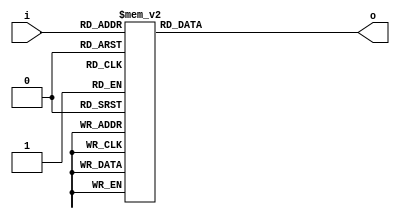
module seven_segment (
input [3:0]i,
output reg [6:0]o
);


// HEX out - rewire DE2
//  ---a---
// |       |
// f       b
// |       |
//  ---g---
// |       |
// e       c
// |       |
//  ---d---

always@(*)
begin
	case (i)	    // abcdefg
		4'h0: o = 7'b0000001;
		4'h1: o = 7'b1001111;
		4'h2: o = 7'b0010010;
		4'h3: o = 7'b0000110;
	
		4'h4: o = 7'b1001100;
		4'h5: o = 7'b0100100;
		4'h6: o = 7'b0100000;
		4'h7: o = 7'b0001111;
		
		4'h8: o = 7'b0000000;
		4'h9: o = 7'b0001100;
		4'hA: o = 7'b0001000;
		4'hb: o = 7'b1100000;
		
		4'hC: o = 7'b0110001;
		4'hd: o = 7'b1000010;
		4'hE: o = 7'b0110000;
		4'hF: o = 7'b0111000;
	endcase
end
endmodule